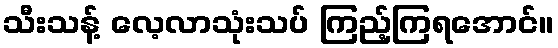
သီးသန့် လေ့လာသုံးသပ် ကြည့်ကြရအောင်။